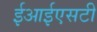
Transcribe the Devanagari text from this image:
ईआईएसटी